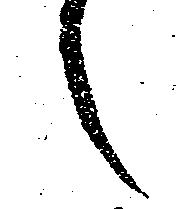
之